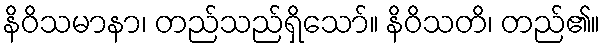
နိဝိသမာနာ၊ တည်သည်ရှိသော်။ နိဝိသတိ၊ တည်၏။